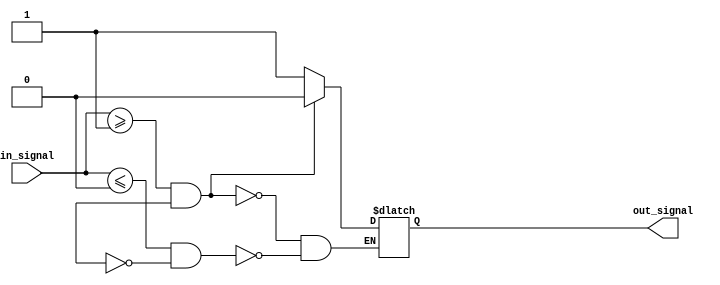
module Schmitt_trigger_inverter(input wire in_signal, output reg out_signal);

reg schmitt_state;

parameter threshold_high = 1'b1; // high threshold voltage level
parameter threshold_low = 1'b0; // low threshold voltage level

always @ (in_signal)
begin
    if (in_signal >= threshold_high && schmitt_state)
        out_signal <= 1'b0;
    else if (in_signal <= threshold_low && !schmitt_state)
        out_signal <= 1'b1;
end

endmodule